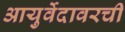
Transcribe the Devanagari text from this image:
आयुर्वेदावरची